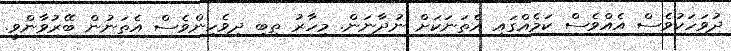
ދުވަހަކުވެސް އެއްވެސް ކަމެއްގައި އެތަނަކަށް ނުދާނަން. މިހާރު ތިބި ދިވެހިންވެސް އެތަނުން ބޭރުވާންވީ.